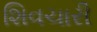
શિવચારી